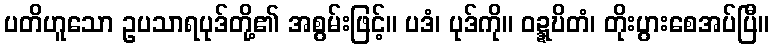
ပတိဟူသော ဥပသာရပုဒ်တို့၏ အစွမ်းဖြင့်။ ပဒံ၊ ပုဒ်ကို။ ဝဍ္ဍ္ဎိတံ၊ တိုးပွားစေအပ်ပြီ။